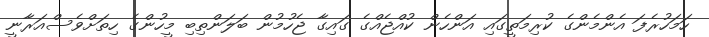
ހަމަހުރެފަ އެންމެންގެ ކުރިމަތީގައި އަންހެން ކުއްޖެއްގެ ގައިގާ ޖެހުމުން ބަލަންތިބި މީހުންގެ ހިތަށްވެސްއަރާނީ